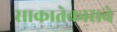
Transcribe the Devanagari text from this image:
साकातेकासचे